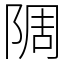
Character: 䧓